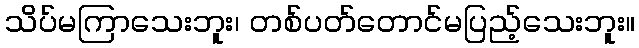
သိပ်မကြာသေးဘူး၊ တစ်ပတ်တောင်မပြည့်သေးဘူး။